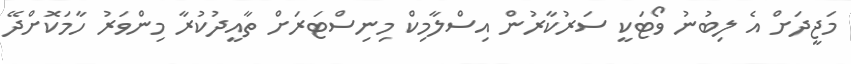
މަޖީދަށް އެ ލިބުނު ވޯޓަކީ ސަރުކާރުން އިސްލާމިކް މިނިސްޓަރަށް ތާއީދުކުރާ މިންވަރު ހާމަކޮށްދޭ